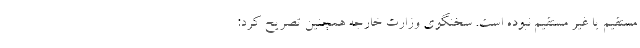
مستقیم یا غیر مستقیم نبوده است. سخنگوی وزارت خارجه همچنین تصریح کرد: